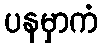
ပနမှာကံ